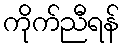
ကိုက်ညီရန်